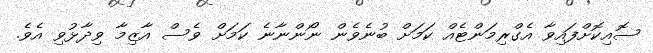
ސޮއިކޮށްފައިވާ އެގްރިމަންޓެއް ކަމަށް ބުނެވެން ނޯންނާނެ ކަމަށް ވެސް އާޒިމާ ވިދާޅުވި އެވެ.